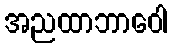
အညထာဘာဝေါ